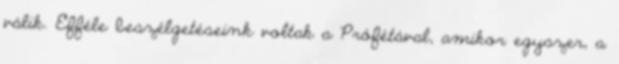
válik. Efféle beszélgetéseink voltak a Prófétával, amikor egyszer, a